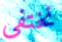
نختفي